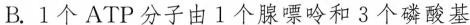
B.1个ATP分子由1个腺嘌呤和3个磷酸基